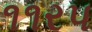
૧૧રપ